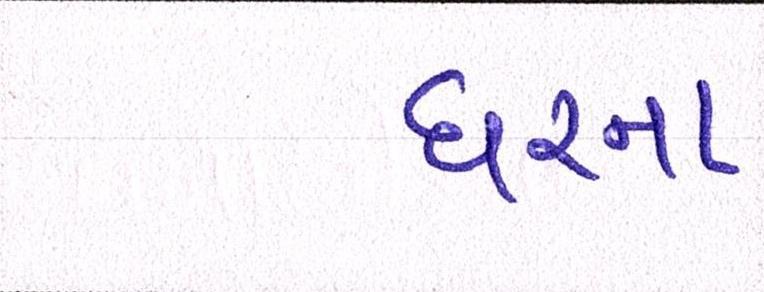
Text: ઘરના